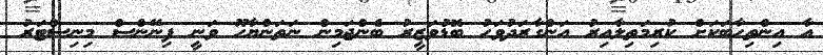
އާ އިންތިހާބަކަށް ކުރިމަތިލާއިރު އަންގާރަދުވަހު ބޮޑުވަޒީރު ބެންޖަމިން ނަތަންޔާހޫ ވަނީ ފިނޭންސް މިނިސްޓަރު